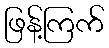
ဖြန့်ကြက်